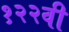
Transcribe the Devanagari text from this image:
१२२वी